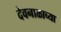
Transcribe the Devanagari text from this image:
देवनाळाच्या